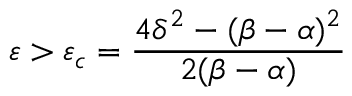
\varepsilon > \varepsilon _ { c } = \frac { 4 \delta ^ { 2 } - ( \beta - \alpha ) ^ { 2 } } { 2 ( \beta - \alpha ) }